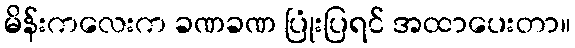
မိန်းကလေးက ခဏခဏ ပြုံးပြရင် အထာပေးတာ။